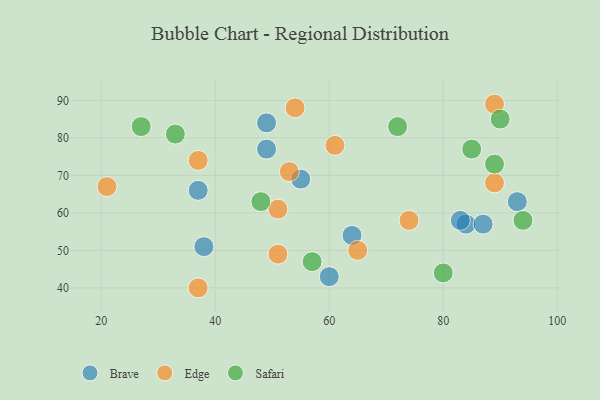
{"axis": {"x": "GDP", "y": "Life Expectancy"}, "legend": ["Brave", "Edge", "Safari"], "data": [{"x": "37", "y": 66, "type": "Brave"}, {"x": "55", "y": 69, "type": "Brave"}, {"x": "49", "y": 77, "type": "Brave"}, {"x": "64", "y": 54, "type": "Brave"}, {"x": "49", "y": 84, "type": "Brave"}, {"x": "93", "y": 63, "type": "Brave"}, {"x": "60", "y": 43, "type": "Brave"}, {"x": "84", "y": 57, "type": "Brave"}, {"x": "87", "y": 57, "type": "Brave"}, {"x": "83", "y": 58, "type": "Brave"}, {"x": "38", "y": 51, "type": "Brave"}, {"x": "89", "y": 68, "type": "Edge"}, {"x": "37", "y": 74, "type": "Edge"}, {"x": "53", "y": 71, "type": "Edge"}, {"x": "37", "y": 40, "type": "Edge"}, {"x": "21", "y": 67, "type": "Edge"}, {"x": "61", "y": 78, "type": "Edge"}, {"x": "54", "y": 88, "type": "Edge"}, {"x": "51", "y": 61, "type": "Edge"}, {"x": "65", "y": 50, "type": "Edge"}, {"x": "89", "y": 89, "type": "Edge"}, {"x": "51", "y": 49, "type": "Edge"}, {"x": "74", "y": 58, "type": "Edge"}, {"x": "57", "y": 47, "type": "Safari"}, {"x": "85", "y": 77, "type": "Safari"}, {"x": "90", "y": 85, "type": "Safari"}, {"x": "89", "y": 73, "type": "Safari"}, {"x": "80", "y": 44, "type": "Safari"}, {"x": "48", "y": 63, "type": "Safari"}, {"x": "27", "y": 83, "type": "Safari"}, {"x": "33", "y": 81, "type": "Safari"}, {"x": "72", "y": 83, "type": "Safari"}, {"x": "94", "y": 58, "type": "Safari"}]}